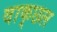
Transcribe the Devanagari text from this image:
वाक्‌छल